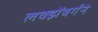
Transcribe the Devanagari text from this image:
लक्झेंबर्गने